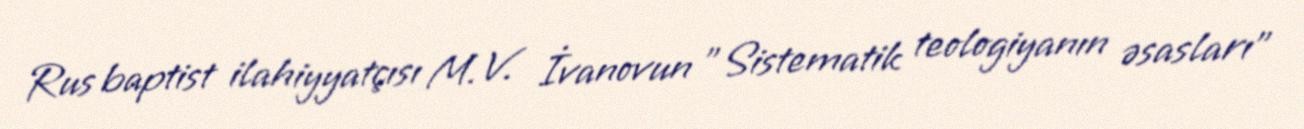
Rus baptist ilahiyyatçısı M. V. İvanovun "Sistematik teologiyanın əsasları"